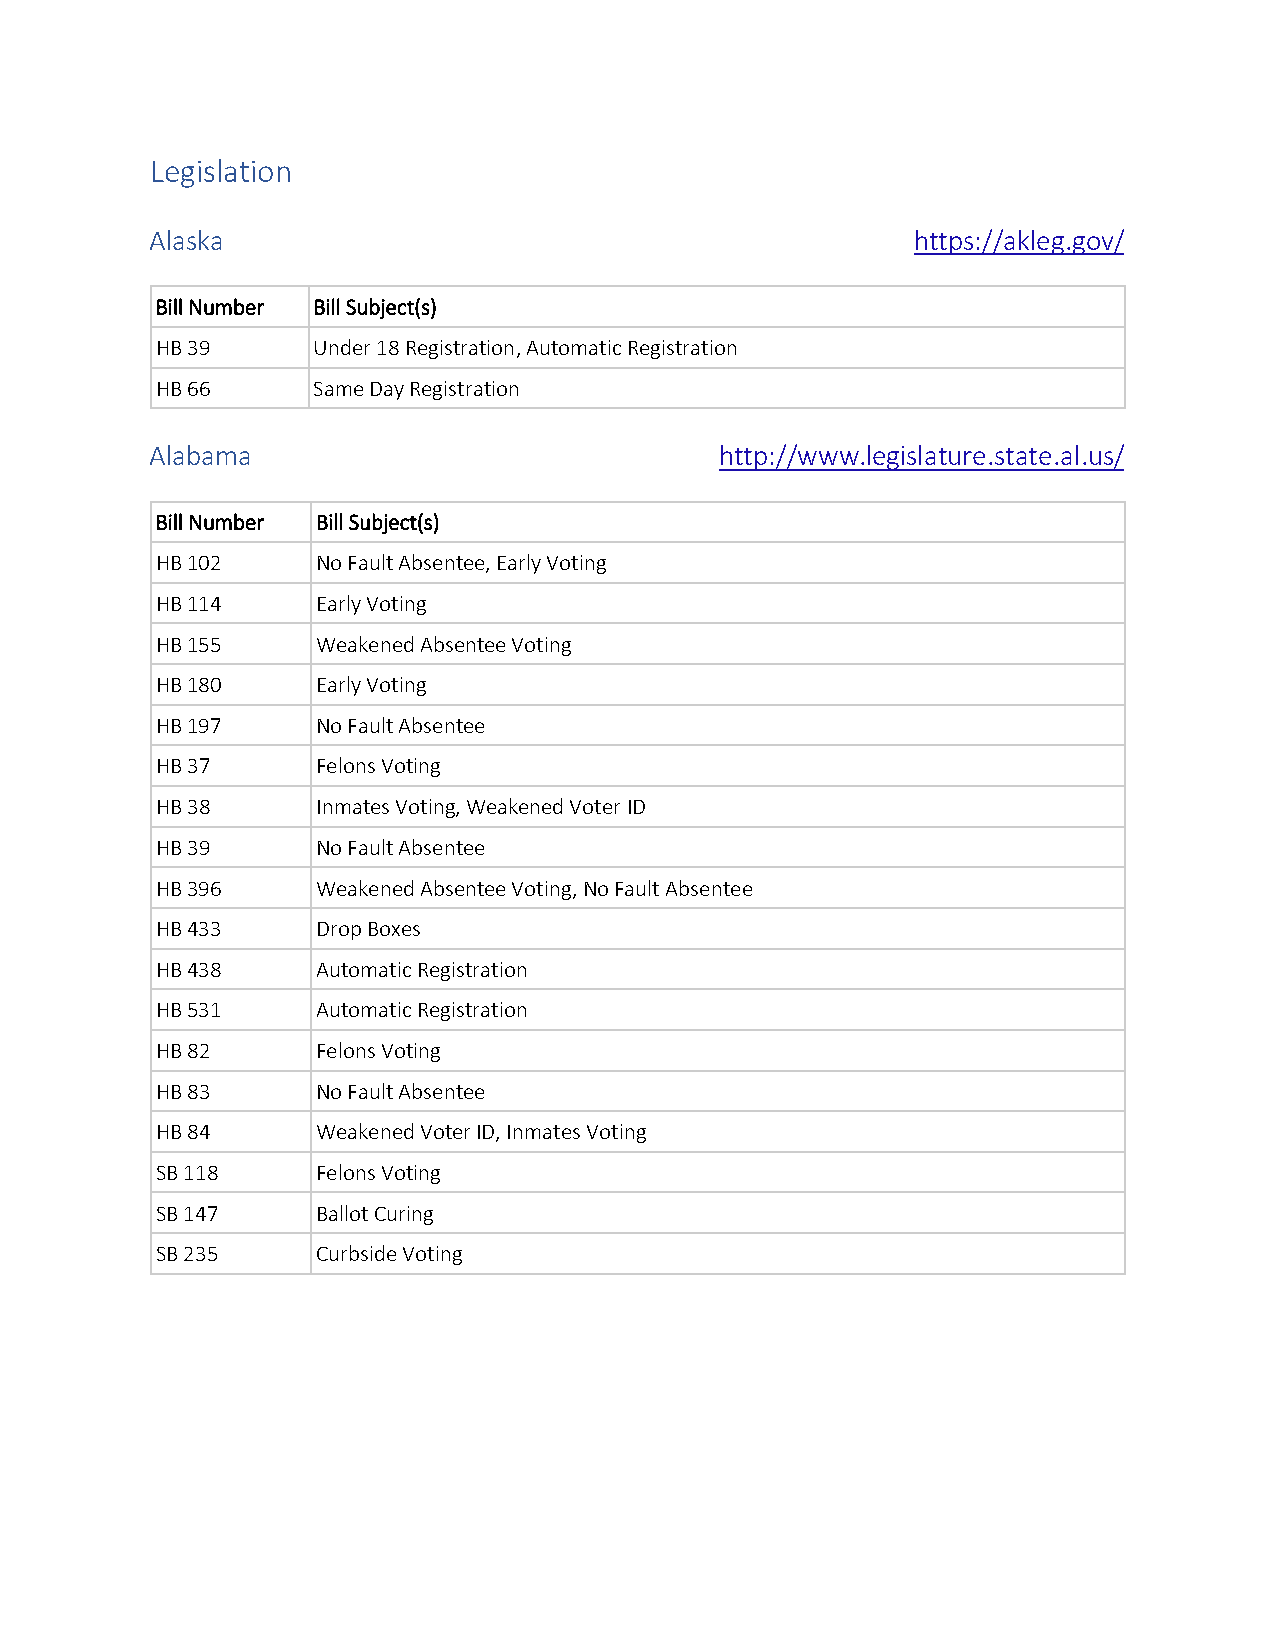
Legislation
 Alaska                                             https://akleg.gov/
 Bill Number Bill Subject(s)
 HB 39      Under 18 Registration, Automatic Registration
 HB 66      Same Day Registration
 Alabama                               http://www.legislature.state.al.us/
 Bill Number Bill Subject(s)
 HB 102     No Fault Absentee, Early Voting
 HB 114     Early Voting
 HB 155     Weakened Absentee Voting
 HB 180     Early Voting
 HB 197     No Fault Absentee
 HB 37      Felons Voting
 HB 38      Inmates Voting, Weakened Voter ID
 HB 39      No Fault Absentee
 HB 396     Weakened Absentee Voting, No Fault Absentee
 HB 433     Drop Boxes
 HB 438     Automatic Registration
 HB 531     Automatic Registration
 HB 82      Felons Voting
 HB 83      No Fault Absentee
 HB 84      Weakened Voter ID, Inmates Voting
 SB 118     Felons Voting
 SB 147     Ballot Curing
 SB 235     Curbside Voting